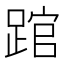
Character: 䠉